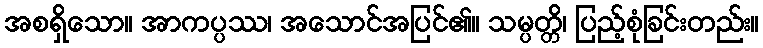
အစရှိသော။ အာကပ္ပဿ၊ အသောင်အပြင်၏။ သမ္ပတ္တိ၊ ပြည့်စုံခြင်းတည်း။